Liigvalla_vallavalitsus, lk 86
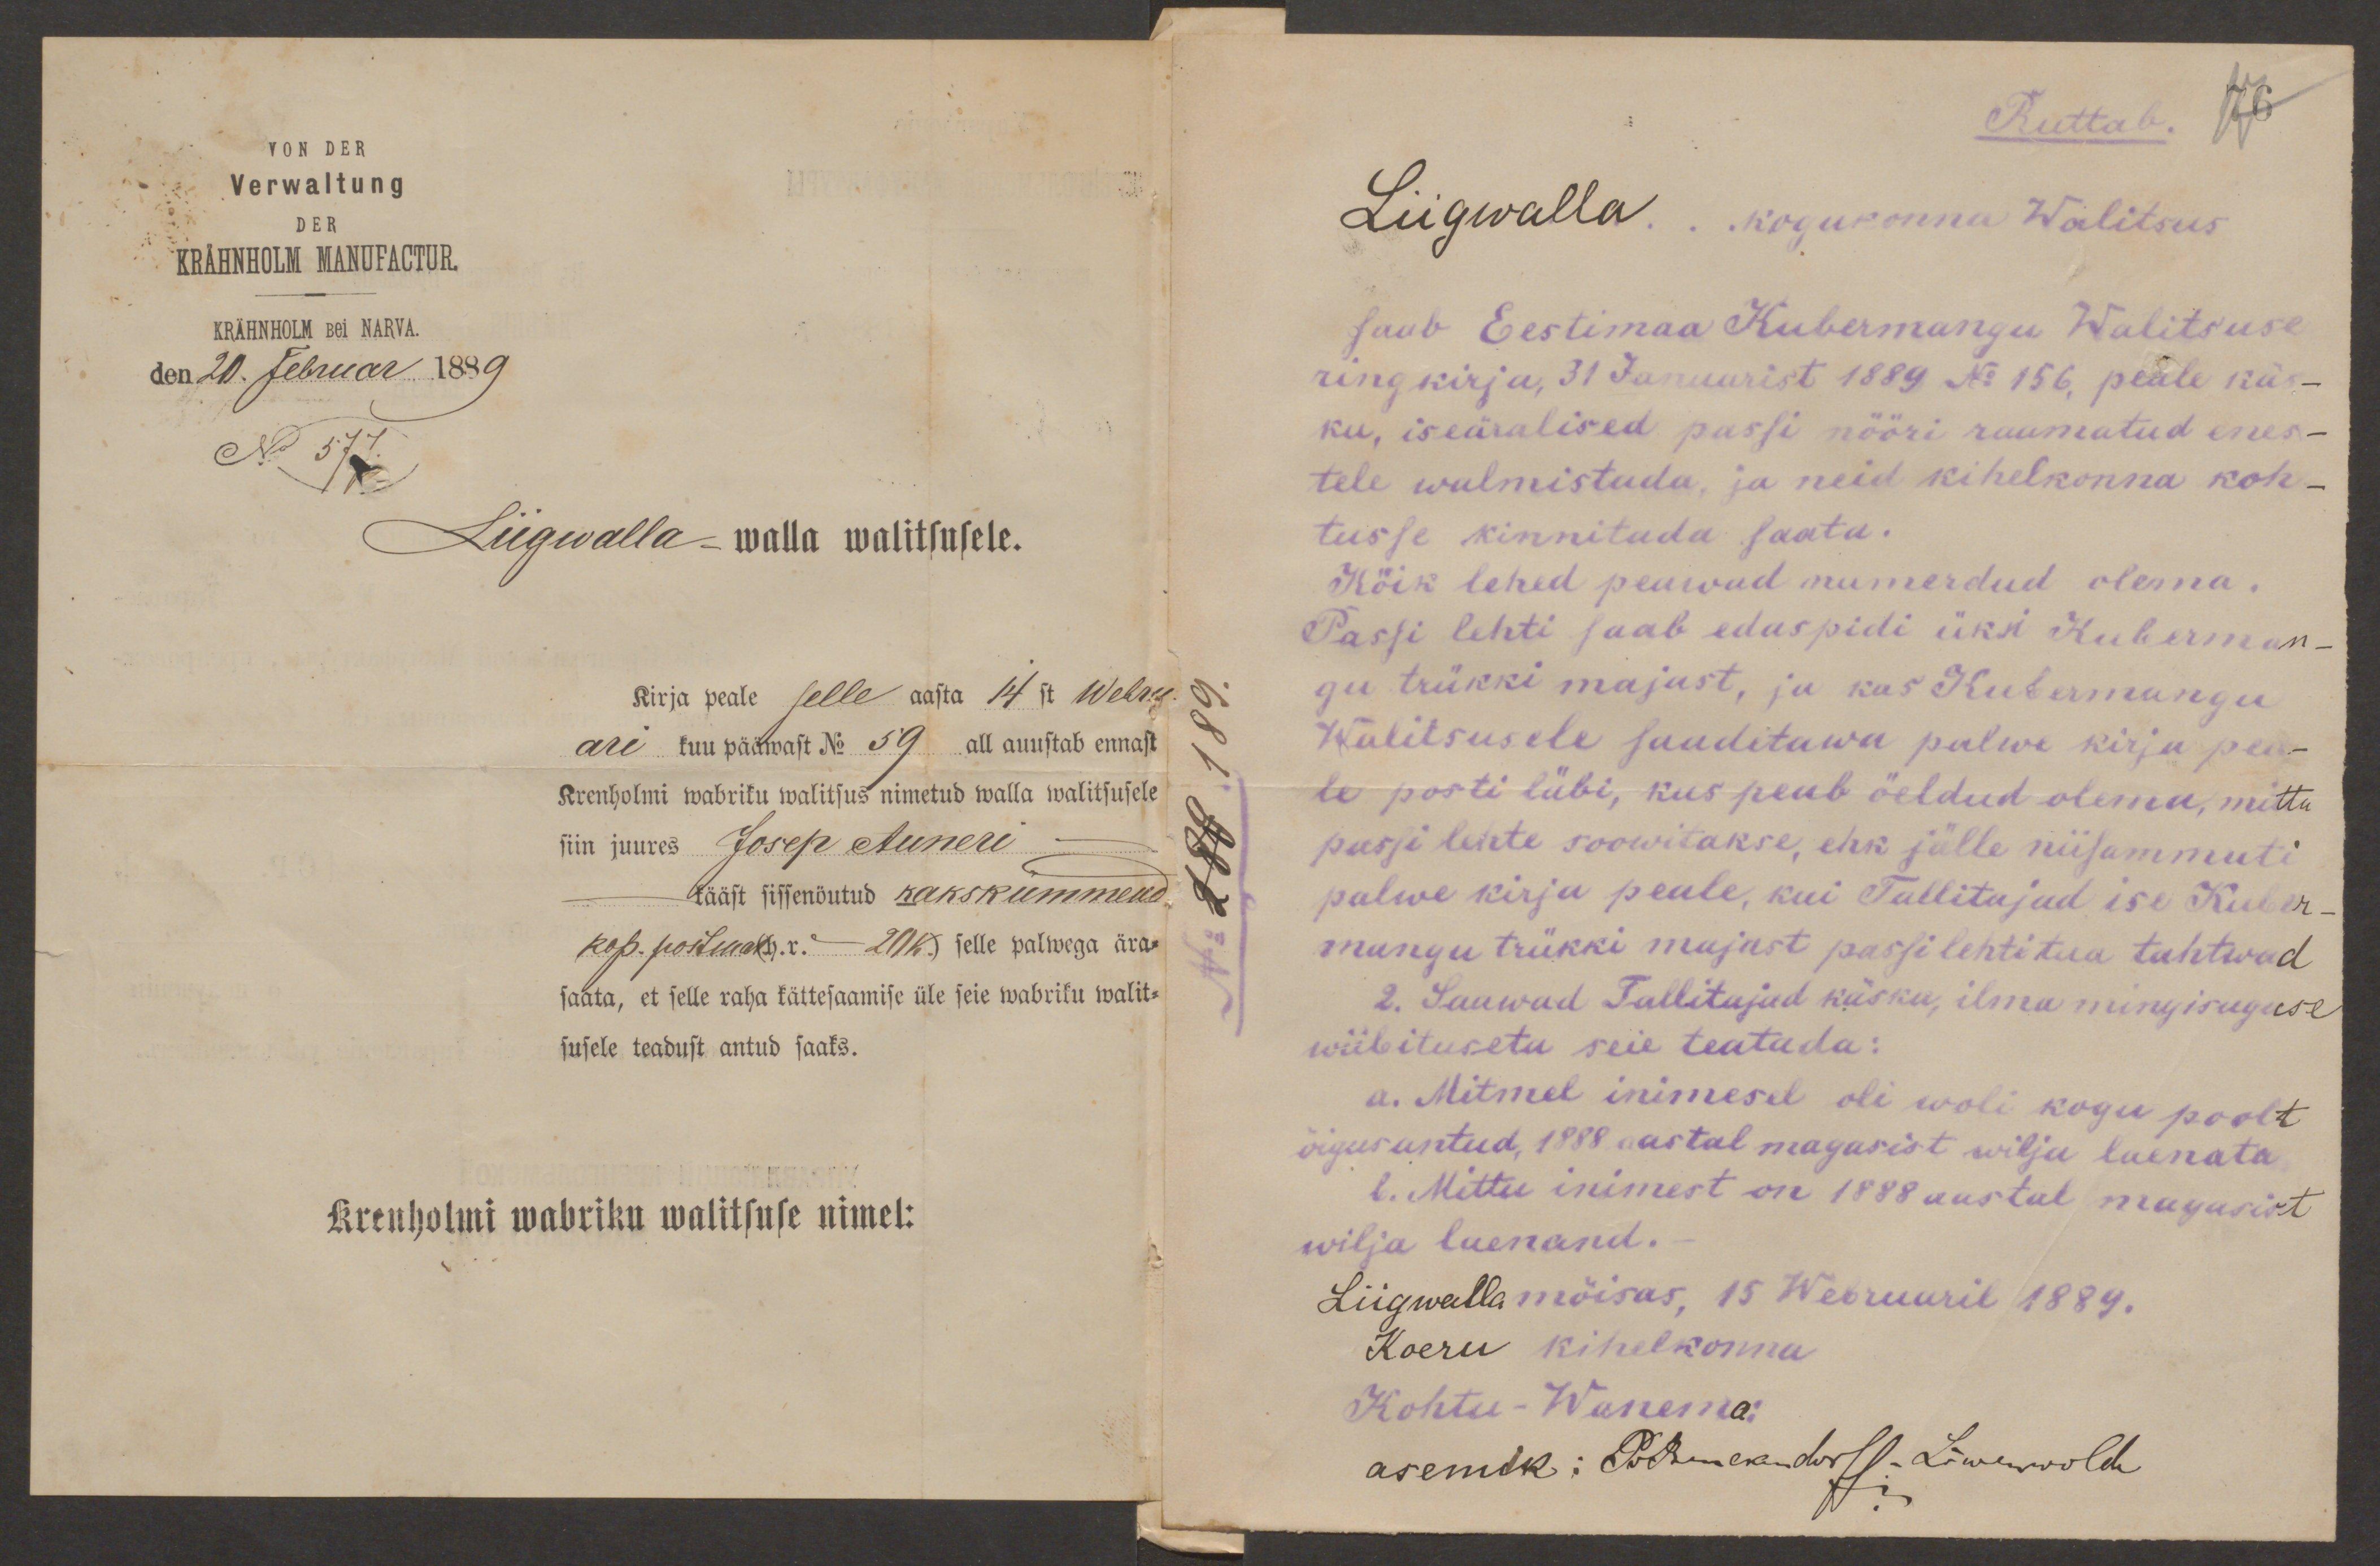
KRÄHNHOLM MANUFACTUR.
KRÄHNHOLM Bei NARVA.
den 20. Februar 1889
No 577.
Liigwalla-walla walitsusele.
Kirja peale selle aasta 14st Webru
ari kuu pääwast No 59 all auustab ennast
Krenholmi wabriku walitsus nimetud walla walitsusele
siin juures Josep Auneri
kääst sissenöutud kakskümmend
kop. postmar(h.r. - 20 K.) selle palwega ära-
saata, et selle raha kättesaamise üle seie wabriku walit-
susele teadust antud saaks.
Krenholmi wabriku walitsuse nimel:

76
Ruttab.
Liigwalla kogukonna Walitsus
saab Eestimaa Kubermangu Walitsuse
ringkirja, 31 Januarist 1889 No 156, peale käs-
ku, iseäralised passi nööri raamatud enes-
tele walmistada, ja neid kihelkonna koh-
tusse kinnitada saata.
Köik lehed peawad numerdud olema.
Passi lehti saab edaspidi üksi Kuberman-
gu trükki majast, ja kas Kubermangu
Walitsusele saadetawa palwe kirja pea-
le posti läbi, kus peab öeldud olema, mittu
passi lehte soowitakse, ehk jälle niisammuti
palwe kirja peale, kui Tallitajad ise Kuber-
mangu trükki majast passilehti tua tahtwad
2. Saawad Tallitajad käsku, ilma mingisuguse
wiibituseta seie teatada:
a. Mitmel inimesel oli woli kogu poolt
õigus antud, 1888. aastal magasist wilja laenata
b. Mittu inimest on 1888 aastal magasist
wilja laenand. -
Liigwalla mõisas, 15 Webruaril 1889.
Koeru kihelkonna
Kohtu-Wanema:
asemik: PvBenckendorff-Löwenwolde

No 189 189.